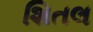
શિતલ